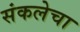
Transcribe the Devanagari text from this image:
संकलेचा